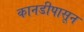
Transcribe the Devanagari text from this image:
कानडीपासून